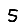
Digit: 5